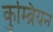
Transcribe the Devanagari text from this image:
कुम्ब्रियन